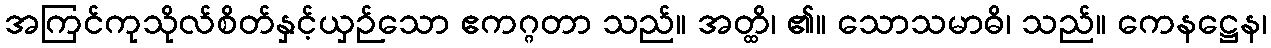
အကြင်ကုသိုလ်စိတ်နှင့်ယှဉ်သော ဧကဂ္ဂတာ သည်။ အတ္ထိ၊ ၏။ သောသမာဓိ၊ သည်။ ကေနဋ္ဌေန၊